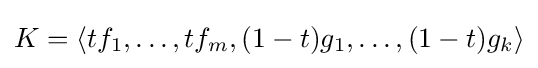
K=\langle tf_{1},\ldots ,tf_{m},(1-t)g_{1},\ldots ,(1-t)g_{k}\rangle